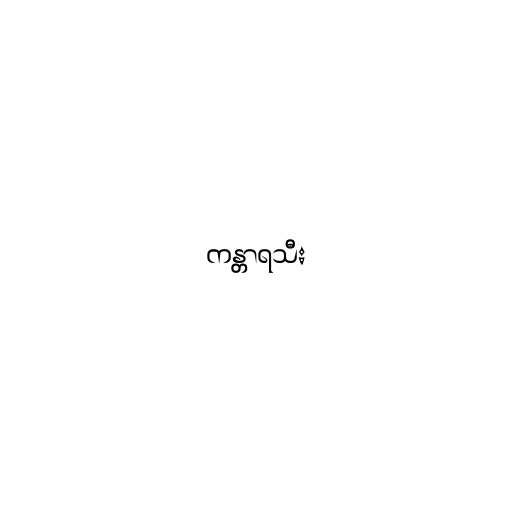
ကန္တာရသီး